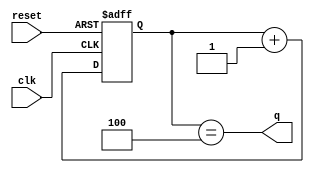
module counter_opt (input clk , input reset , output q);
reg [2:0] count;
assign q = (count[2:0] == 3'b100);

always @(posedge clk ,posedge reset)
begin
	if(reset)
		count <= 3'b000;
	else
		count <= count + 1;
end

endmodule